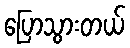
ပြောသွားတယ်